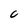
Character: C